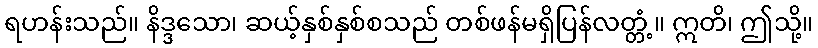
ရဟန်းသည်။ နိဒ္ဒသော၊ ဆယ့်နှစ်နှစ်စသည် တစ်ဖန်မရှိပြန်လတ္တံ့။ ဣတိ၊ ဤသို့။